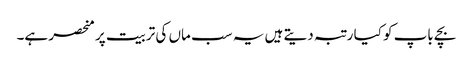
بچے باپ کو کیا رتبہ دیتے ہیں یہ سب ماں کی تربیت پر منحصر ہے۔